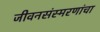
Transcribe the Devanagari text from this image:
जीवनसंस्मरणांचा